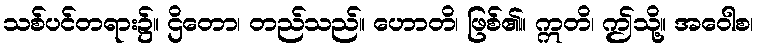
သစ်ပင်တရား၌။ ဌိတော၊ တည်သည်။ ဟောတိ၊ ဖြစ်၏။ ဣတိ၊ ဤသို့။ အဝေါစ၊